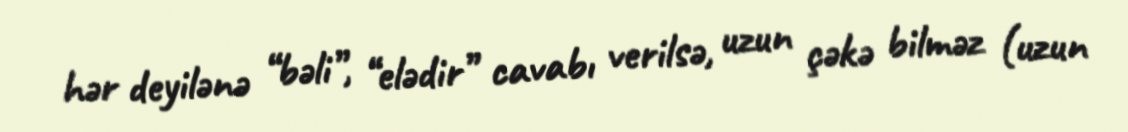
hər deyilənə “bəli”, “elədir” cavabı verilsə, uzun çəkə bilməz (uzun